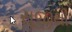
સૂજીથી